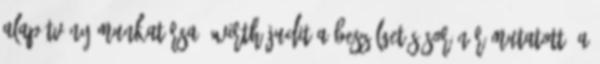
Alapítvány munkatársa. Wirth Judit a beszélgetés során rámutatott: a